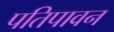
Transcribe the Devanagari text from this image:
पतिपावन